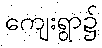
ကျေးရွာ၌